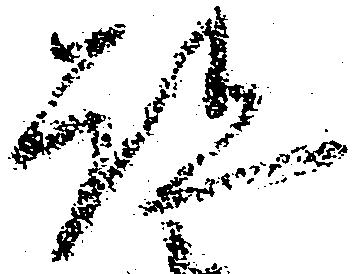
跡